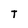
Character: T